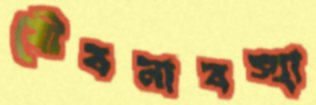
যৌবনাবস্হা